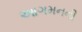
આગમનની